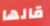
قالها